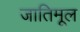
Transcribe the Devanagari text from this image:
जातिमूल